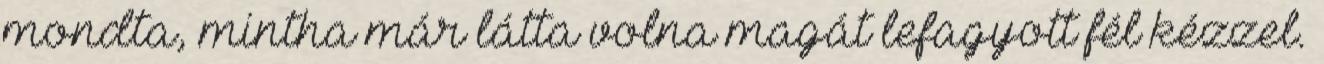
mondta, mintha már látta volna magát lefagyott fél kézzel.